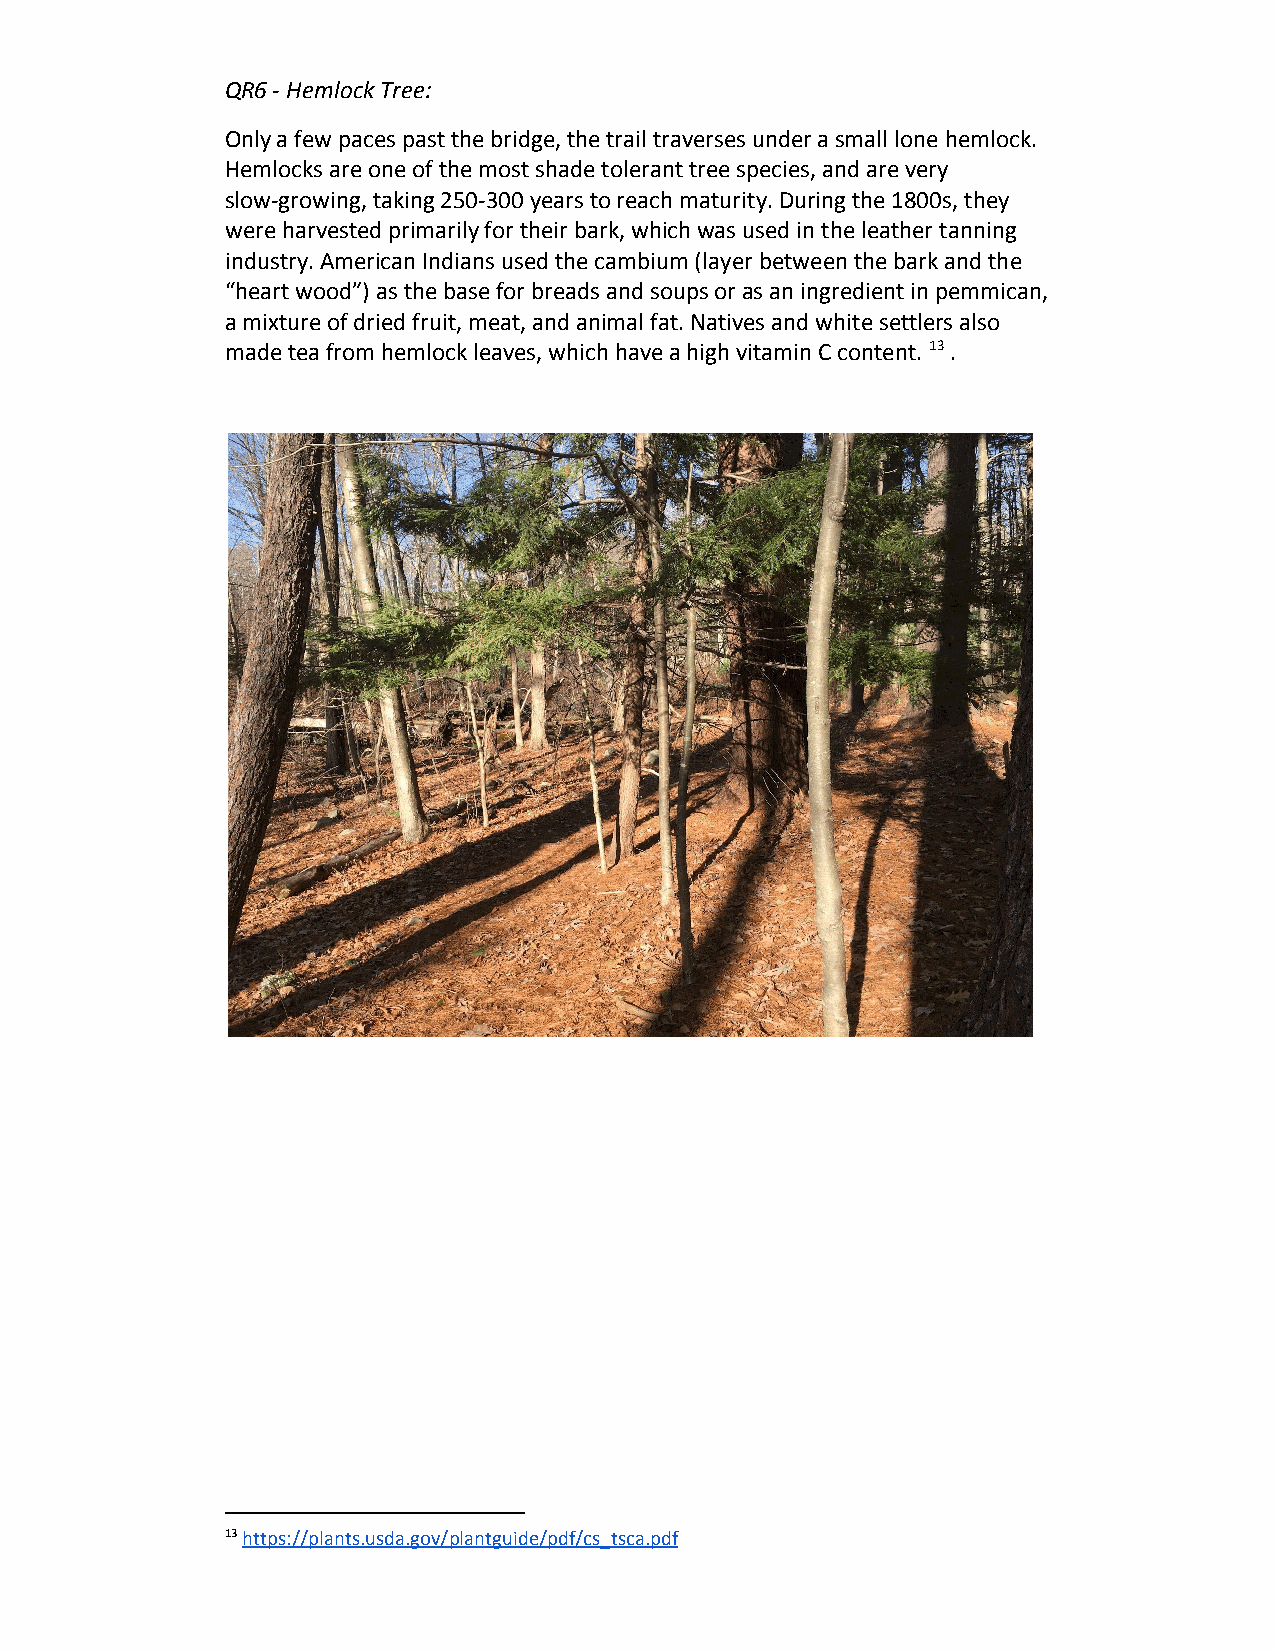
QR6 - Hemlock Tree:
 Only a few paces past the bridge, the trail traverses under a small lone hemlock.
 Hemlocks are one of the most shade tolerant tree species, and are very
 slow-growing, taking 250-300 years to reach maturity. During the 1800s, they
 were harvested primarily for their bark, which was used in the leather tanning
 industry. American Indians used the cambium (layer between the bark and the
 “heart wood”) as the base for breads and soups or as an ingredient in pemmican,
 a mixture of dried fruit, meat, and animal fat. Natives and white settlers also
 made tea from hemlock leaves, which have a high vitamin C content. 13 .
 ​
 ​
 13 https://plants.usda.gov/plantguide/pdf/cs_tsca.pdf
 ​